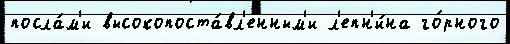
посла́м'и высокопоста́вл'енным'и л'епн'и́на го́рного